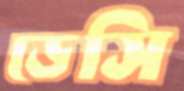
ডেসি